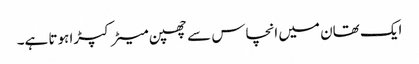
ایک تھان میں انچاس سے چھپن میٹر کپڑا ہوتا ہے۔